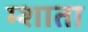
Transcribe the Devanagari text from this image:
म्शाता